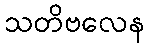
သတိဗလေန